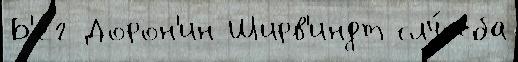
Б'ег Дорон'ин Ширв'индт слу́жба